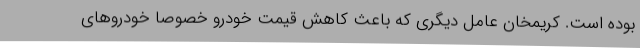
بوده است. کریمخان عامل دیگری که باعث کاهش قیمت خودرو خصوصا خودروهای